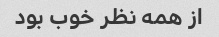
از همه نظر خوب بود